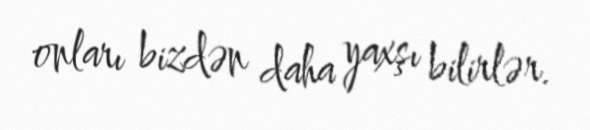
onları bizdən daha yaxşı bilirlər.